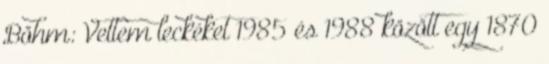
Böhm: Vettem leckéket 1985 és 1988 között egy 1870